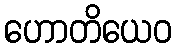
ဟောတိယေဝ